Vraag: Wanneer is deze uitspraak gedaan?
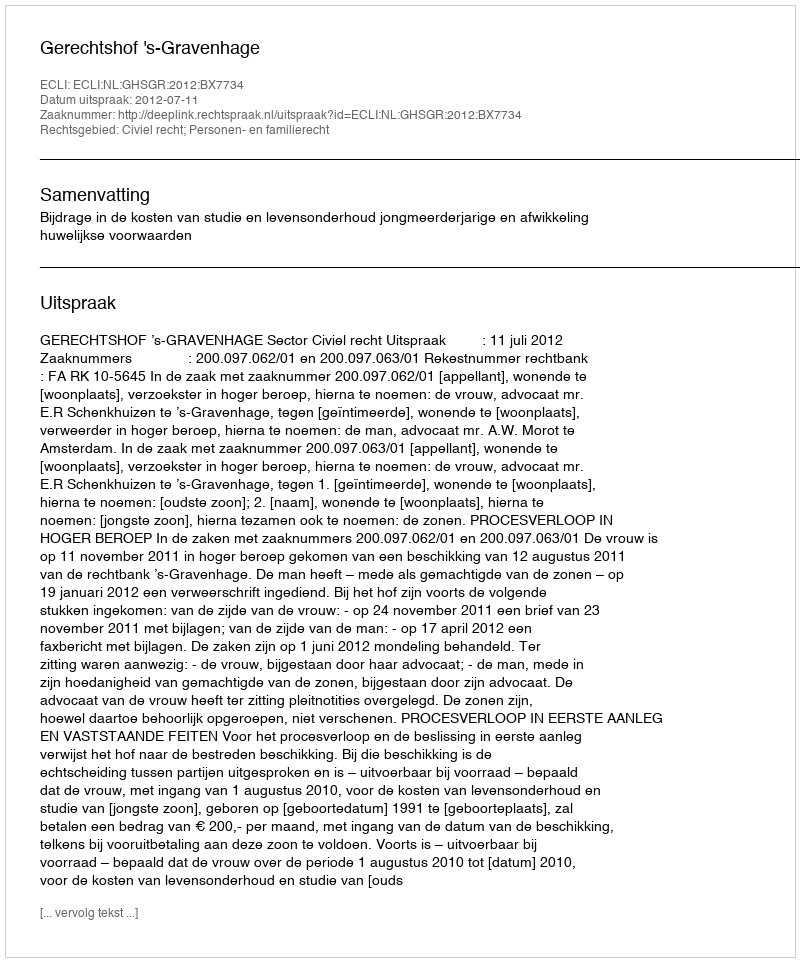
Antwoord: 2012-07-11